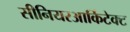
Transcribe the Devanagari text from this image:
सीनियरआर्किटेक्ट